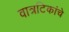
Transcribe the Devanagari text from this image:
वात्रटिकांचे